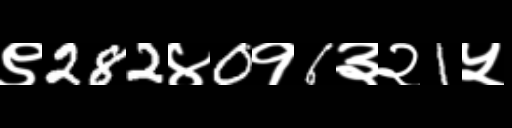
Text: ९282४0१6३२1५